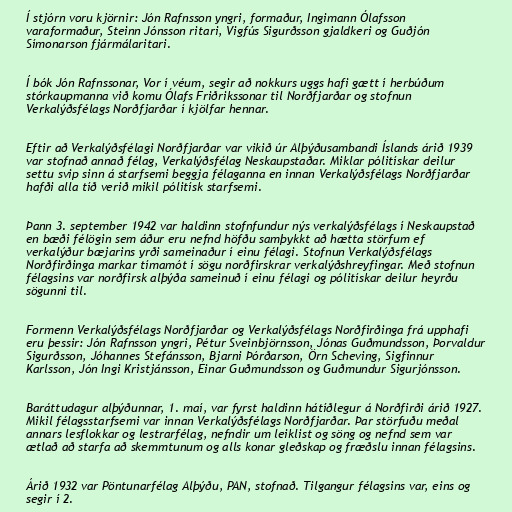
Í stjórn voru kjörnir: Jón Rafnsson yngri, formaður, Ingimann Ólafsson
varaformaður, Steinn Jónsson ritari, Vigfús Sigurðsson gjaldkeri og Guðjón
Símonarson fjármálaritari.

Í bók Jón Rafnssonar, Vor í véum, segir að nokkurs uggs hafi gætt í herbúðum
stórkaupmanna við komu Ólafs Friðrikssonar til Norðfjarðar og stofnun
Verkalýðsfélags Norðfjarðar í kjölfar hennar.

Eftir að Verkalýðsfélagi Norðfjarðar var vikið úr Alþýðusambandi Íslands árið 1939
var stofnað annað félag, Verkalýðsfélag Neskaupstaðar. Miklar pólitískar deilur
settu svip sinn á starfsemi beggja félaganna en innan Verkalýðsfélags Norðfjarðar
hafði alla tíð verið mikil pólitísk starfsemi.

Þann 3. september 1942 var haldinn stofnfundur nýs verkalýðsfélags í Neskaupstað
en bæði félögin sem áður eru nefnd höfðu samþykkt að hætta störfum ef
verkalýður bæjarins yrði sameinaður í einu félagi. Stofnun Verkalýðsfélags
Norðfirðinga markar tímamót í sögu norðfirskrar verkalýðshreyfingar. Með stofnun
félagsins var norðfirsk alþýða sameinuð í einu félagi og pólitískar deilur heyrðu
sögunni til.

Formenn Verkalýðsfélags Norðfjarðar og Verkalýðsfélags Norðfirðinga frá upphafi
eru þessir: Jón Rafnsson yngri, Pétur Sveinbjörnsson, Jónas Guðmundsson, Þorvaldur
Sigurðsson, Jóhannes Stefánsson, Bjarni Þórðarson, Örn Scheving, Sigfinnur
Karlsson, Jón Ingi Kristjánsson, Einar Guðmundsson og Guðmundur Sigurjónsson.

Baráttudagur alþýðunnar, 1. maí, var fyrst haldinn hátíðlegur á Norðfirði árið 1927.
Mikil félagsstarfsemi var innan Verkalýðsfélags Norðfjarðar. Þar störfuðu meðal
annars lesflokkar og lestrarfélag, nefndir um leiklist og söng og nefnd sem var
ætlað að starfa að skemmtunum og alls konar gleðskap og fræðslu innan félagsins.

Árið 1932 var Pöntunarfélag Alþýðu, PAN, stofnað. Tilgangur félagsins var, eins og
segir í 2.